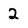
Character: 2